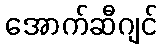
အောက်ဆီဂျင်